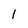
Character: l